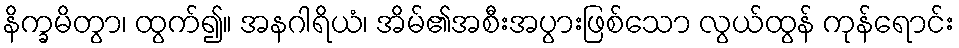
နိက္ခမိတွာ၊ ထွက်၍။ အနဂါရိယံ၊ အိမ်၏အစီးအပွားဖြစ်သော လွယ်ထွန် ကုန်ရောင်း